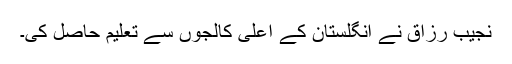
نجیب رزاق نے انگلستان کے اعلیٰ کالجوں سے تعلیم حاصل کی۔